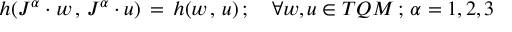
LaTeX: h ( J ^ { \alpha } \cdot w \, , \, J ^ { \alpha } \cdot u ) \, = \, h ( w \, , \, u ) \, ; \quad \forall w , u \in T { \cal Q M } \, ; \, \alpha = 1 , 2 , 3